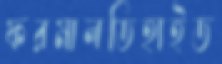
ফরমালডিহাইড